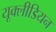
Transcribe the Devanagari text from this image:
यूक्लीडियन